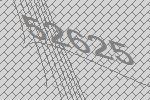
52625